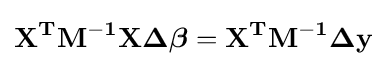
\mathbf {X^{T}M^{-1}X\Delta {\boldsymbol {\beta }}=X^{T}M^{-1}\Delta y}